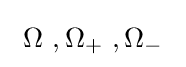
\ \Omega \ ,\Omega _{+}\ ,\Omega _{-}\